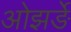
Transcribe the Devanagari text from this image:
ओझर्ङे